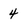
Character: 4